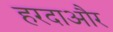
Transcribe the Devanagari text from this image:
हरदाऔर